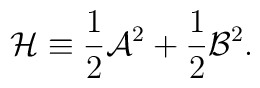
{\cal H}\equiv {1\over 2}{\cal A}^2+{1\over 2}{\cal B}^2.